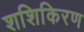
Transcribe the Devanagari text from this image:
शशिकिरण